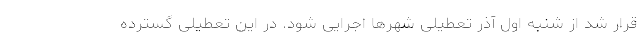
قرار شد از شنبه اول آذر تعطیلی شهرها اجرایی شود. در این تعطیلی گسترده